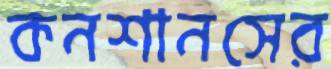
কনশানসের